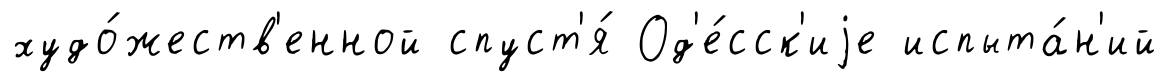
худо́жеств'енной спуст'я́ Од'е́сск'иjе испыта́н'ий